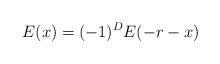
LaTeX: \begin{align*} E(x) = (-1)^D E(-r-x)\end{align*}